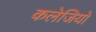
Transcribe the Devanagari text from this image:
कलेजियों